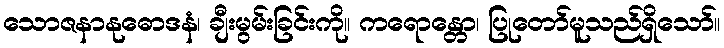
သောဇနာနုဓောဒနံ၊ ချီးမွမ်းခြင်းကို။ ကရောန္တော၊ ပြုတော်မူသည်ရှိသော်။